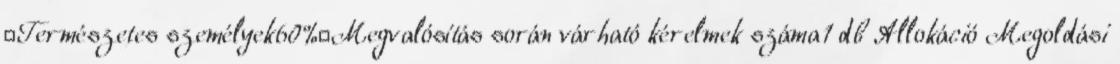
▪Természetes személyek60%▪Megvalósítás során várható kérelmek száma1 db Allokáció Megoldási